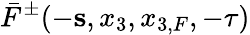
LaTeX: \bar{F}^{\pm}(-{\mathbf s},x_{3},x_{3,F},-\tau)